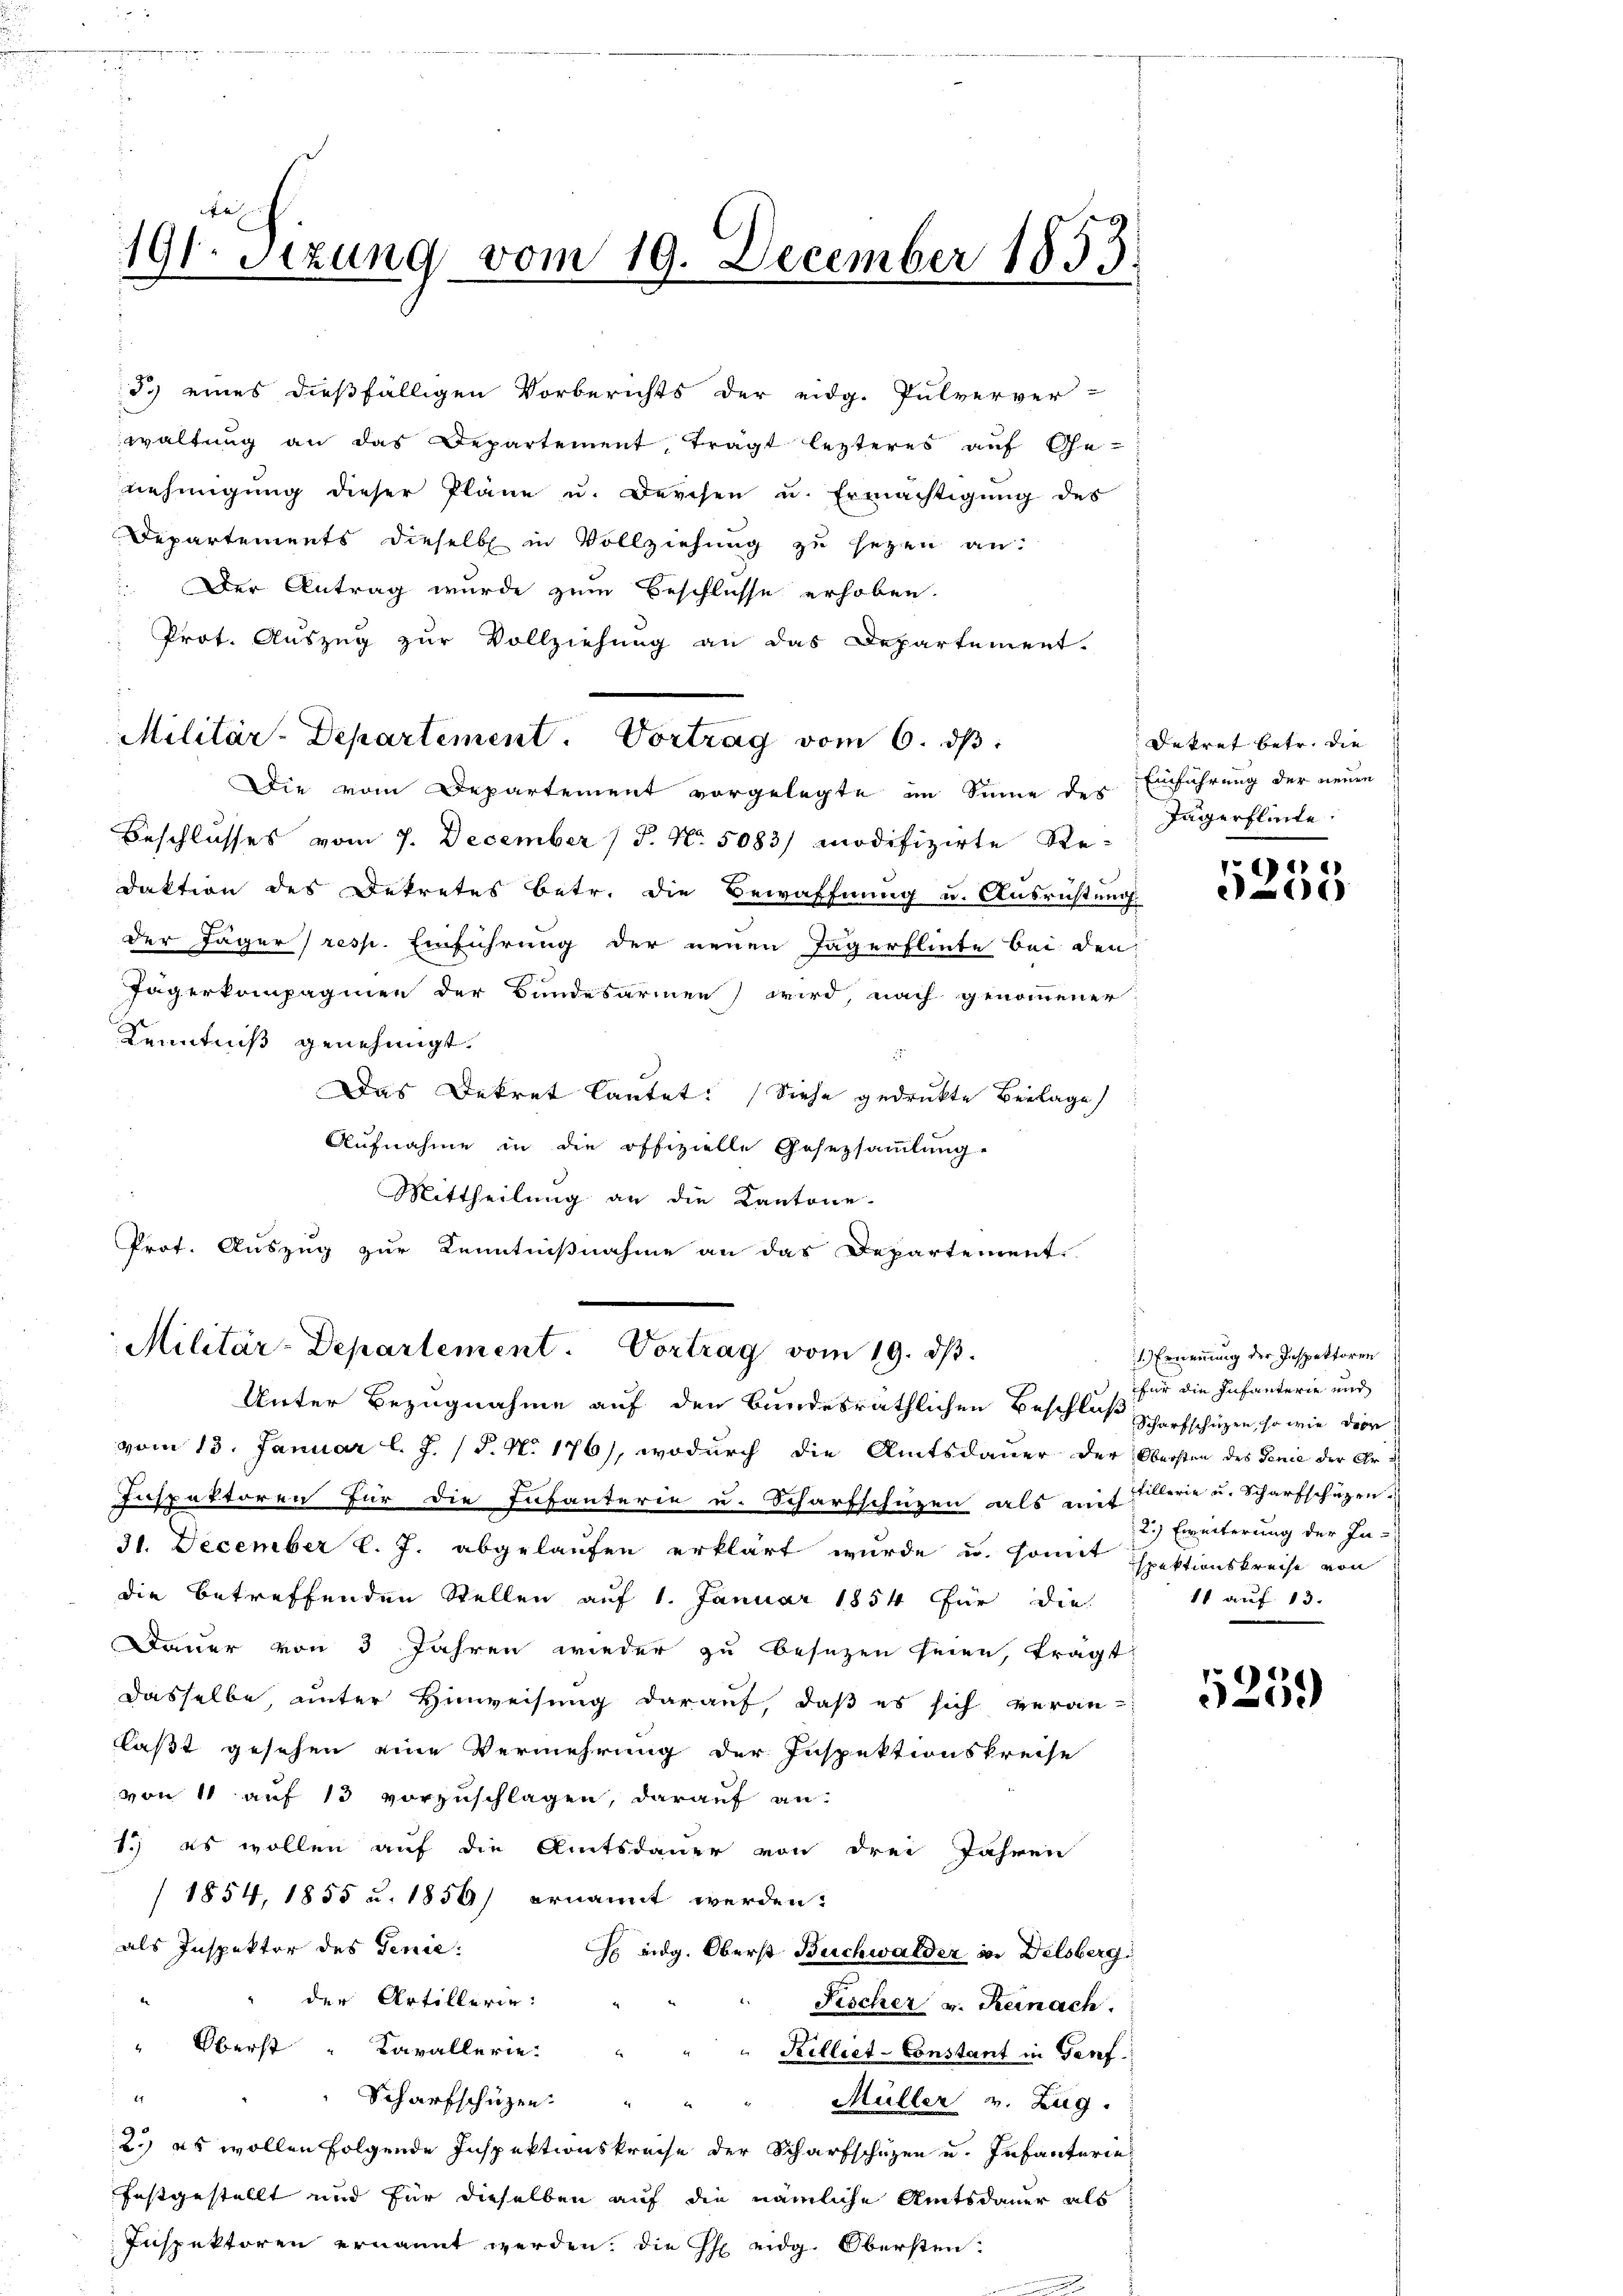
3.) eines dießfälligen Vorberichts der eidg. Pulverver-
waltŭng an das Departement, trägt lezteres auf Ge-
nehmigung dieser Pläne u. Durchen u. Ermächtigung des
Departements dieselb in Vollziehung zu setzen an:
Der Antrag wurde zum Beschlusse erhoben.
Prot. Auszug zur Vollziehung an das Departement.
Die vom Departement vorgelegte im Sinne des Einführung der neuen
Beschlusses vom 7. December (T. N. 5083/ modifizirte Re-
daktion des Dekretes betr. die Bewaffnung u. Ausrüstung
der Jägers resp. Einführung der neuen Tagerflinte bei den
Tägerkompagnien der Bundesarmen wird, nach genommener
Kenntniß genehmigt.
Das Dekret lautet: Siehe gedruckte Beilage
Aufnahme in die offizielle Gesetzsammlung.
Mittheilung an die Kantone.
Prof. Auszug zur Kenntnißnahme an das Departement.

191. Sizung vom 19. December 1853.
3

vom 13. Januar l. J. P. N. 176), wodurch die Amtsdauer der Obersten des Genie der Er¬
Inspektoren für die Infanterie u. Scharfschüzen als auflerie u. Scharfschüzen-
31. December l. J. abgelaufen erklärt wurde u. somit spektionskreise von
die betreffenden Stellen auf 1. Januar 1854 für die
Dauer von 3 Jahren wieder zu besezen seien, trägt
dasselbe, unter Hinweisung darauf, daß es sich veran-
laßt gesehen eine Vermehrung der Inspektionskreise
von 11 auf 13 vorzuschlagen, darauf an-
1.) es wollen auf die Amtsdauer von drei Jahren
/1854, 1855 u. 1856) ernannt werden:
als Inspektor des Genie:
H eidg. Oberst Buchwalder in Delsberg
" der Artillerin:
Fischer v. Reinach.
" Oberst " Cavallerie.
Killiet-Constant in Genf.
E
Scharfschüzen: "
Müller v. Zug.
2.) es wollen folgende Inspektionskreise der Scharfschuzen u. Infanterie
festgestellt und für dieselben auf die nämliche Amtsdauer als
Inspektoren ernannt werden. Die Heidg. Obersten.

Militär-Departement. Vortrag vom 6. ds.

Militär-Departement. Vortrag vom 19. dβ.
Unter Bezugnahme auf den bundesräthlichen Beschluß scharfschützen, so wie dor

Dekret betr. die
Tägerflinte

11)
e

1.) Ernennung der Inspektoren
für die Infanterie und
2.) Eweiterung der In¬
11 auf 13.

5259